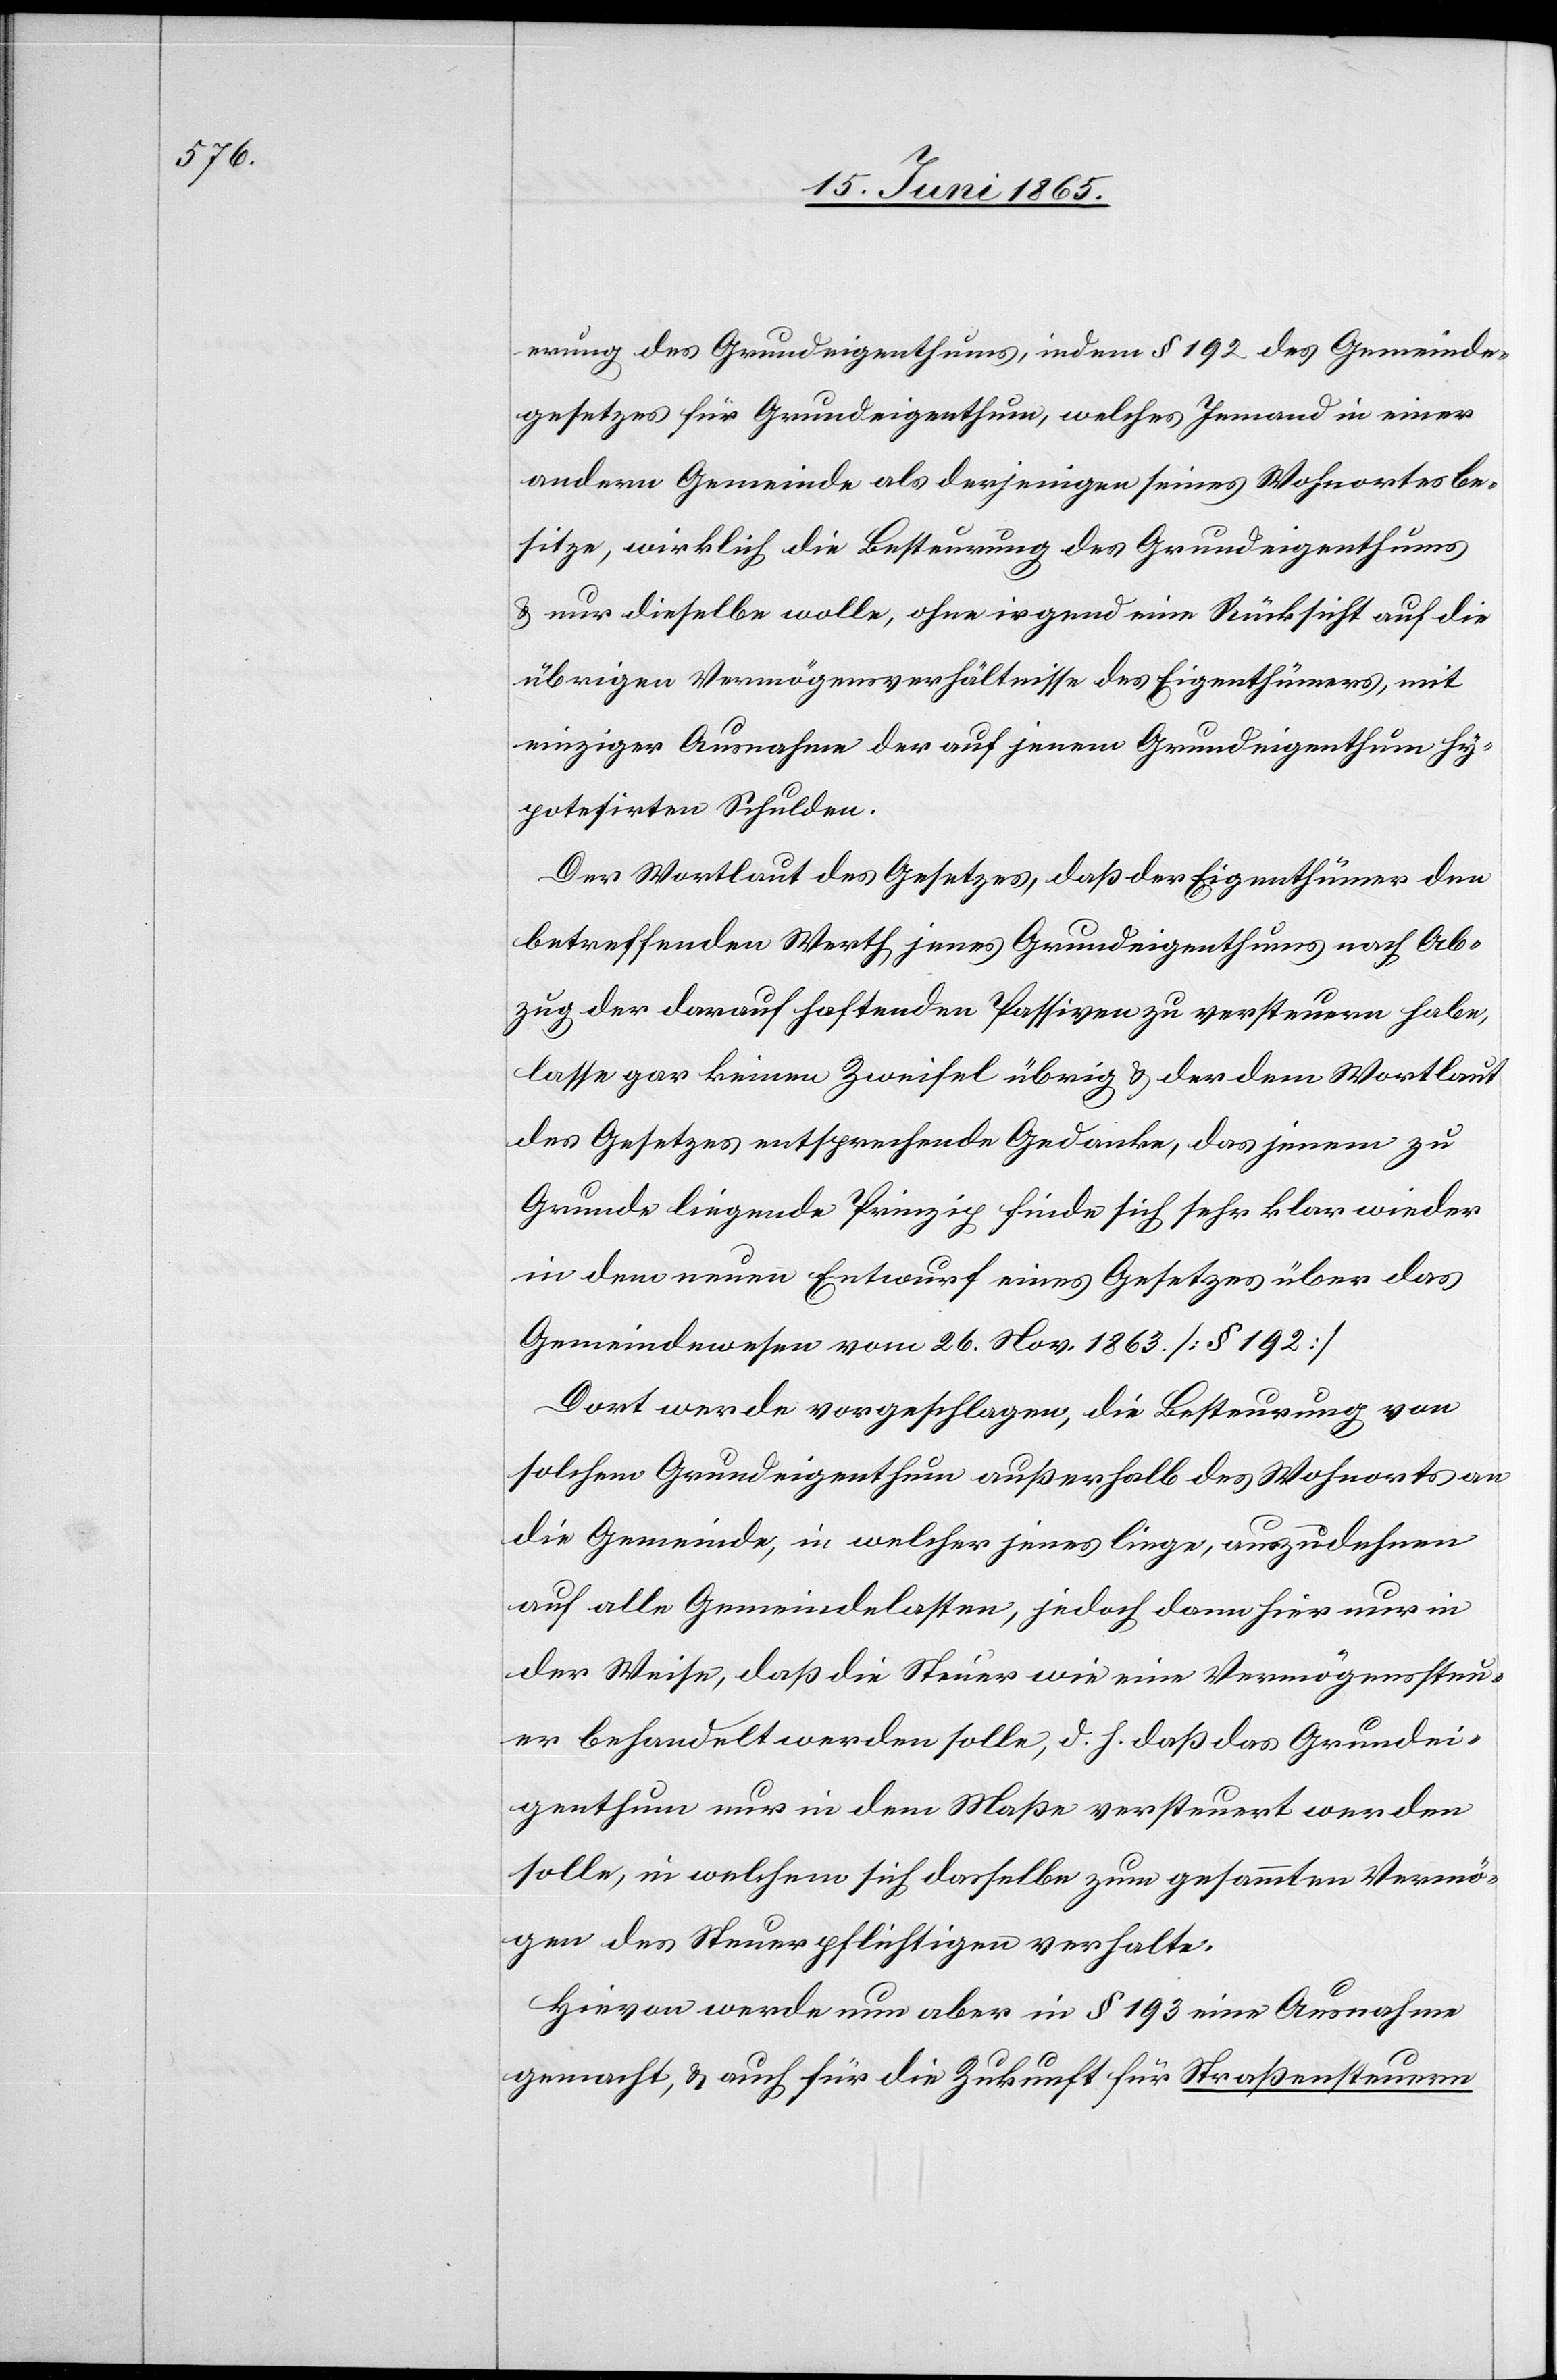
rung des Grundeigenthums, indem § 192 des Gemeinde¬
gesetzes für Grundeigenthum, welches Jemand in einer
andern Gemeinde als derjenigen seines Wohnortes be¬
sitze, wirklich die Besteurung des Grundeigenthums
& nur dieselbe wolle, ohne irgend eine Rücksicht auf die
übrigen Vermögensverhältnisse des Eigenthümers, mit
einziger Ausnahme der auf jenem Grundeigenthum hy¬
potesirten Schulden.
Der Wortlaut des Gesetzes, daß der Eigenthümer den
betreffenden Werth jenes Grundeigenthums nach Ab¬
zug der darauf haftenden Passiven zu versteuern habe,
lasse gar keinen Zweifel übrig & der dem Wortlaut
des Gesetze entsprechende Gedanke, das jenem zu
Grunde liegende Prinzip finde sich sehr klar wieder
in dem neuen Entwurf eines Gesetzes über das
Gemeindewesen vom 26. Nov. 1863. [§ 192]
Dort werde vorgeschlagen, die Besteurung von
solchem Grundeigenthum außerhalb des Wohnorts an
die Gemeinde, in welcher jenes liege, auszudehnen
auf alle Gemeindelasten, jedoch dann hier nur in
der Weise, daß die Steuer wie eine Vermögenssteu¬
er behandelt werden solle, d. h. daß das Grundei¬
genthum nur in dem Maße versteuert werden
solle, in welchem sich dasselbe zum gesammten Vermö¬
gen des Steuerpflichtigen verhalte.
Hievon werde nun aber in § 193 eine Ausnahme
gemacht, & auch für die Zukunft für Straßensteuern